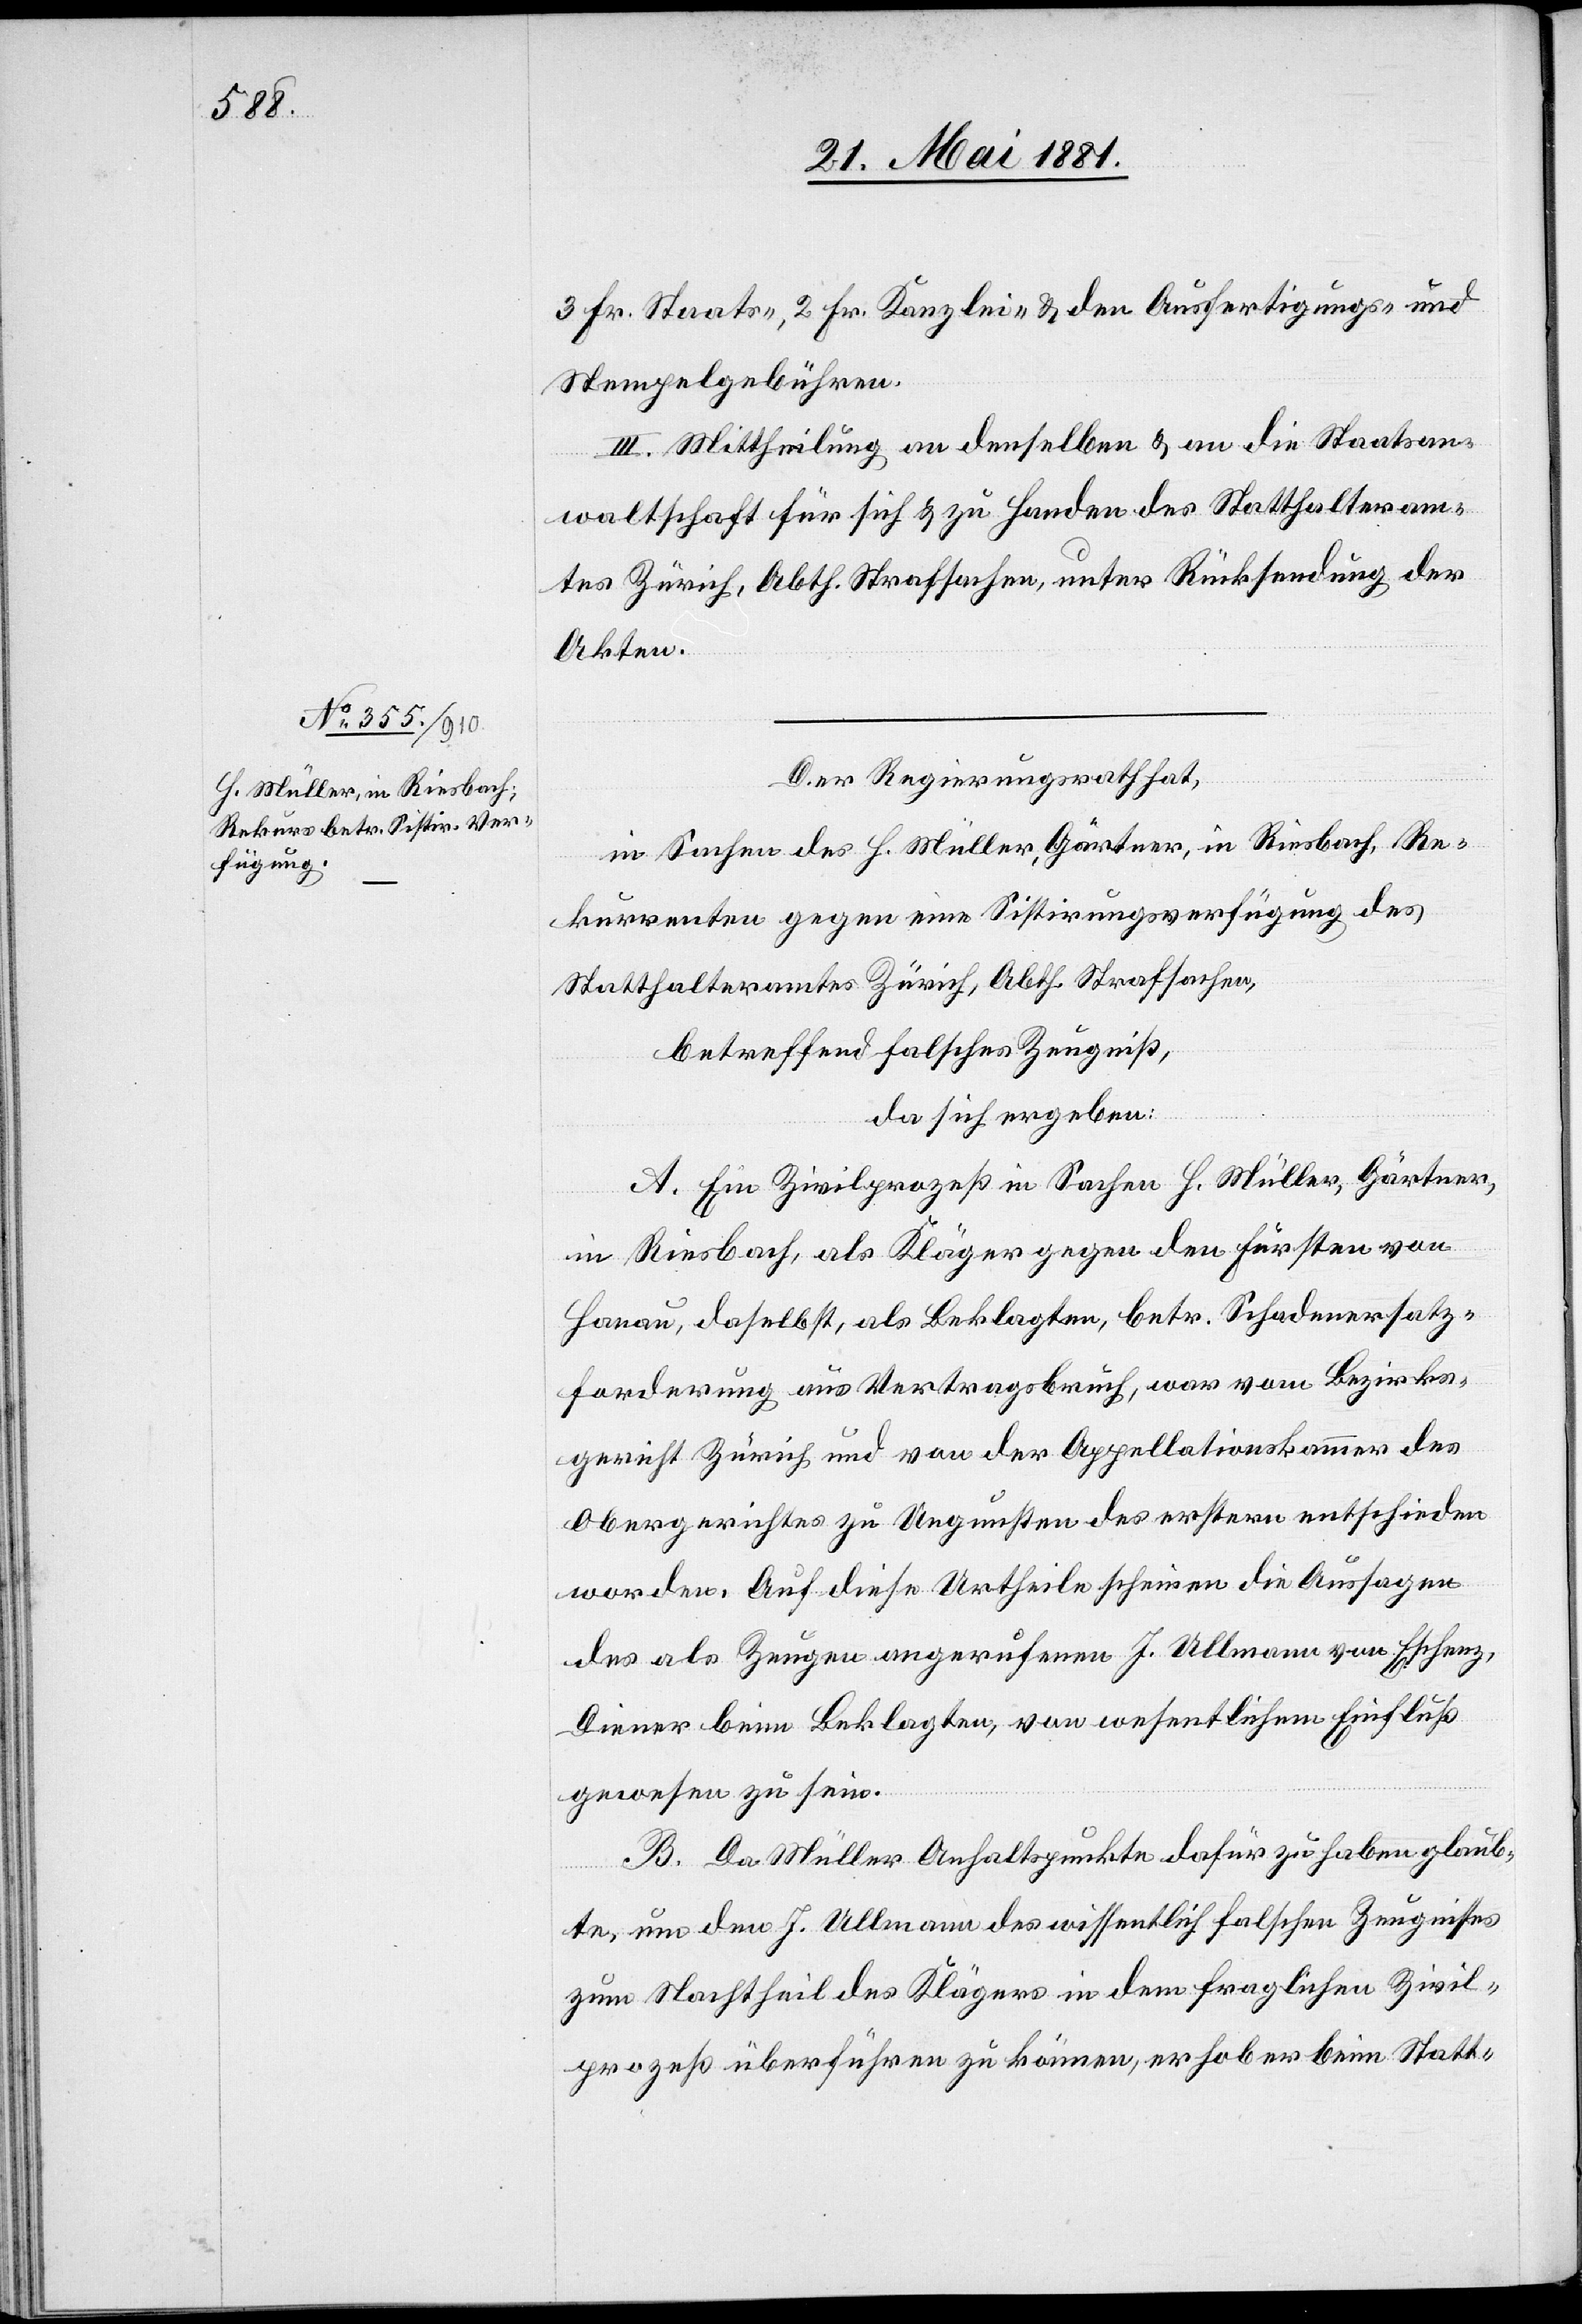
3 Fr. Staats-, 2 Fr. Kanzlei- & den Ausfertigungs- und
Stempelgebühren.
III. Mittheilung an denselben & an die Staatsan¬
waltschaft für sich & zu Handen des Statthalteram¬
tes Zürich, Abth. Strafsachen, unter Rücksendung der
Akten.
Der Regierungsrath hat,
in Sachen des H. Müller, Gärtner, in Riesbach, Re¬
kurrenten gegen eine Sistirungsverfügung des
Statthalteramtes Zürich, Abth. Strafsachen,
betreffend falsches Zeugniß,
da sich ergeben:
A. Ein Zivilprozeß in Sachen H. Müller, Gärtner,
in Riesbach, als Kläger gegen den Fürsten von
Hanau, daselbst, als Beklagten, betr. Schadenersatz¬
forderung aus Vertragsbruch, war vom Bezirks¬
gericht Zürich und von der Appelationskammer des
Obergerichtes zu Ungunsten des erstern entschieden
worden. Auf diese Urtheile scheinen die Aussagen
des als Zeugen angerufenen J. Ullmann von Eschenz,
Diener beim Beklagten, von wesentlichem Einfluß
gewesen zu sein.
B. Da Müller Anhaltspunkte dafür zu haben glaub¬
te, um den J. Ullmann das wissentlich falschen Zeugnisses
zum Nachtheil des Klägers in den fraglichen Zivil¬
prozeß überführen zu können, erhob er beim Statt-